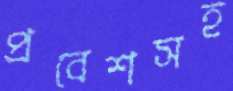
প্রবেশসহ